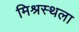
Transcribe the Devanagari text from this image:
मिश्रस्थला